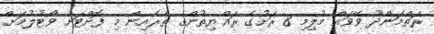
ރަތްމަންދޫ ވޭވައް މުލިމި 8 ރަށުގެ ރައްޔިތުންގެ ތެރެއިން މި ފޮށްޓަށް ވޯޓުލުމަށް